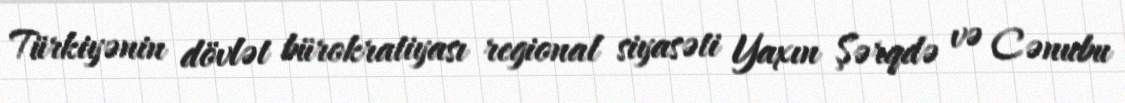
Türkiyənin dövlət bürokratiyası regional siyasəti Yaxın Şərqdə və Cənubu